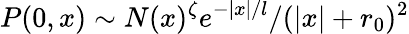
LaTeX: P(0,x)\sim N(x)^{\zeta}e^{-|x|/l}/(|x|+r_{0})^{2}